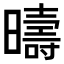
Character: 𣋬